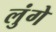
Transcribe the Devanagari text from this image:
लुंगे